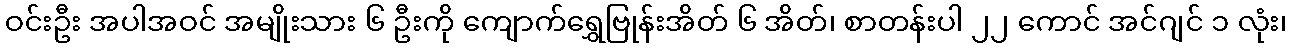
ဝင်းဦး အပါအဝင် အမျိုးသား ၆ ဦးကို ကျောက်ရွှေဗြုန်းအိတ် ၆ အိတ်၊ စာတန်းပါ ၂၂ ကောင် အင်ဂျင် ၁ လုံး၊